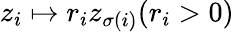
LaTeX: z_{i}\mapsto r_{i}z_{\sigma(i)}(r_{i}>0)